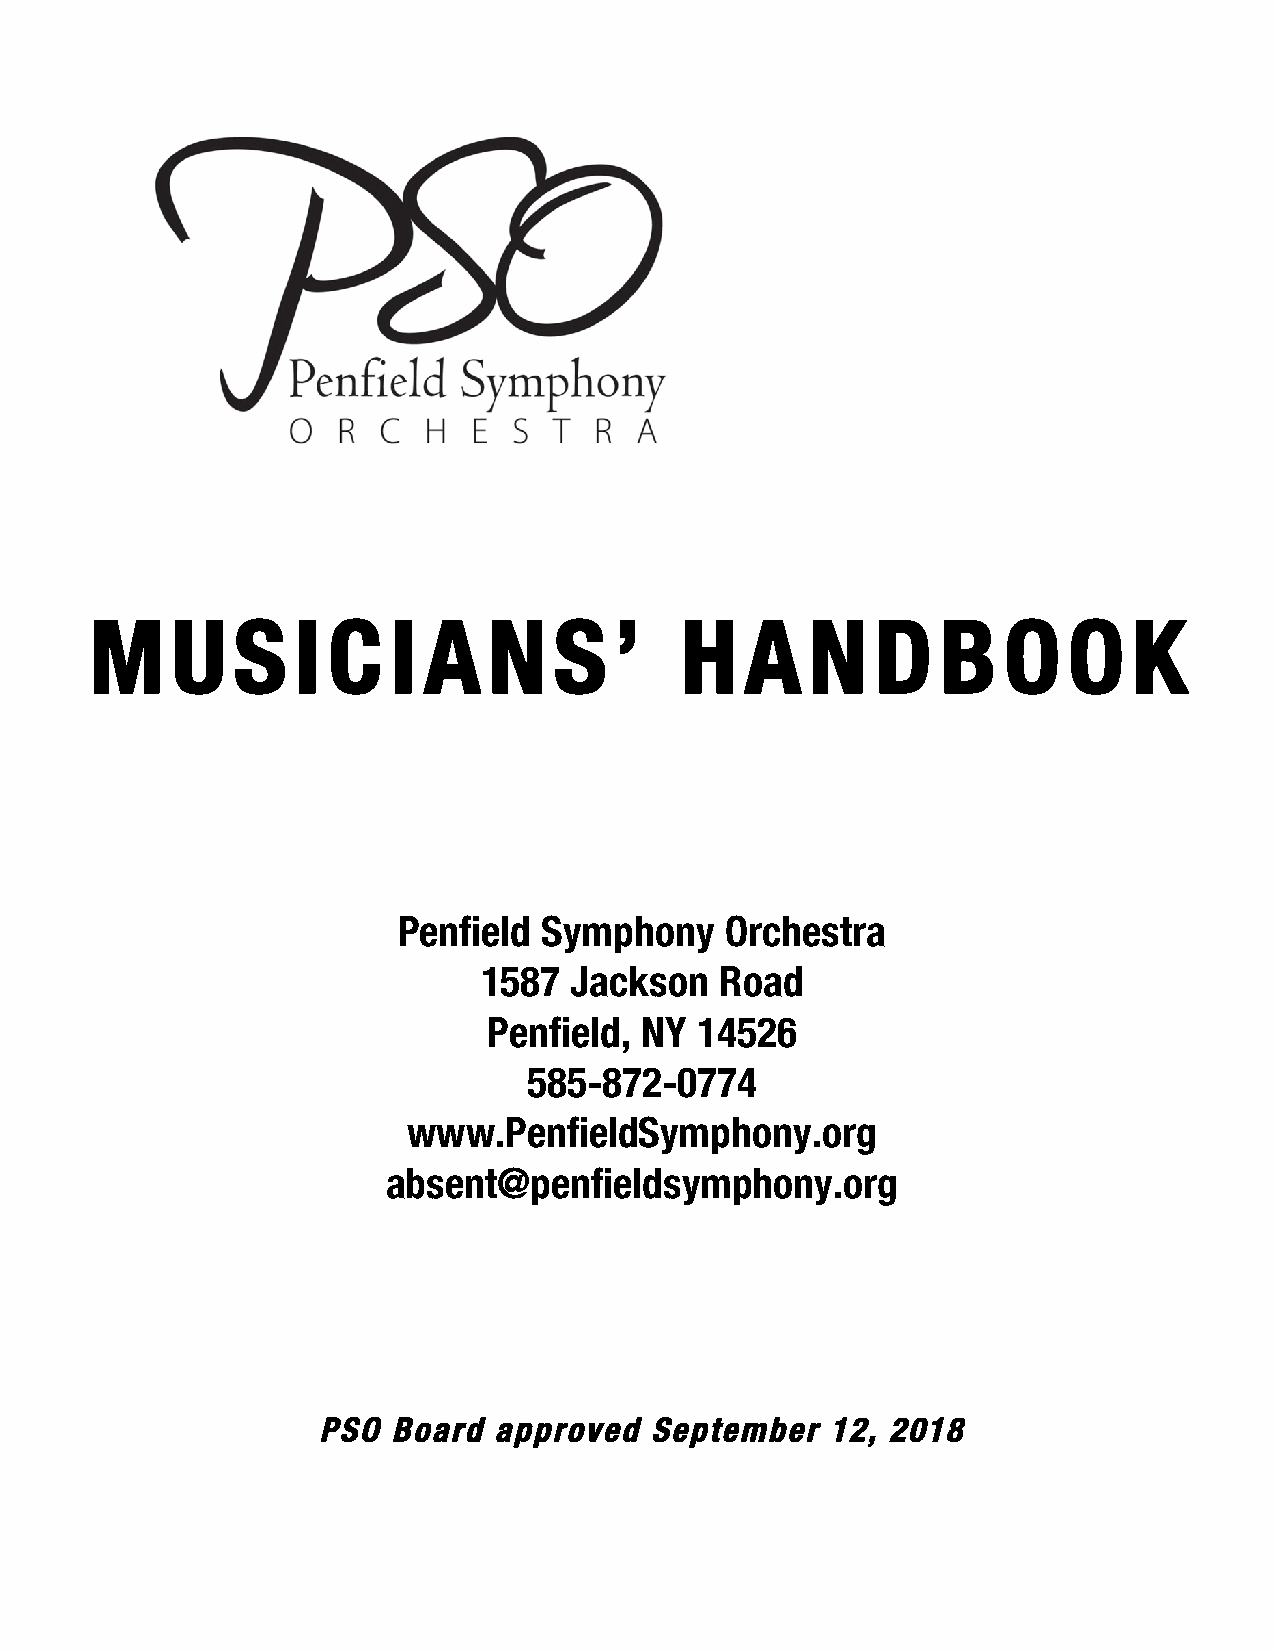
M    U    S  I  C   I A   N    S   ’   H   A    N   D   B   O    O   K
 Penfield  Symphony    Orchestra
 1587  Jackson   Road
 Penfield, NY  14526
 585-872-0774
 www.PenfieldSymphony.org
 absent@penfieldsymphony.org
 PSO  Board  approved  September   12, 2018